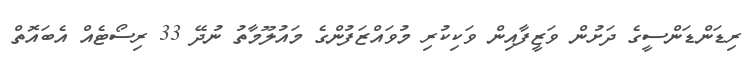
ރިޑަންޑަންސީގެ ދަށުން ވަޒީފާއިން ވަކިކުރި މުވައްޒަފުންގެ މައުލޫމާތު ނުދޭ 33 ރިސޯޓެއް އެބައޮތް